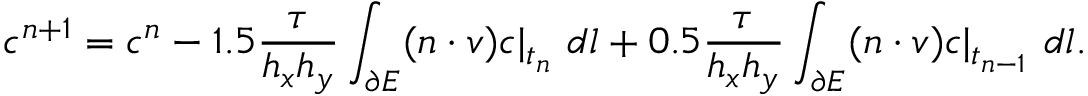
c ^ { n + 1 } = c ^ { n } - 1 . 5 \frac { \tau } { h _ { x } h _ { y } } \int _ { \partial E } ( \boldsymbol { n } \cdot \boldsymbol { v } ) c | _ { t _ { n } } \ d l + 0 . 5 \frac { \tau } { h _ { x } h _ { y } } \int _ { \partial E } ( \boldsymbol { n } \cdot \boldsymbol { v } ) c | _ { t _ { n - 1 } } \ d l .